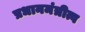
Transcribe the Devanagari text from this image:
प्रधानमंत्रीत्व